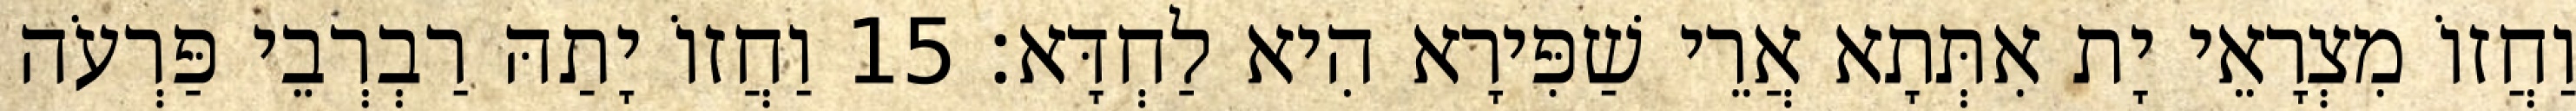
וַחֲזוֹ מִצְרָאֵי יָת אִתְּתָא אֲרֵי שַׁפִּירָא הִיא לַחְדָּא׃ 15 וַחֲזוֹ יָתַהּ רַבְרְבֵי פַּרְעֹה